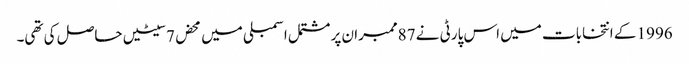
1996 کے انتخابات میں اس پارٹی نے 87ممبران پر مشتمل اسمبلی میں محض 7سیٹیں حاصل کی تھی۔